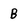
Character: B